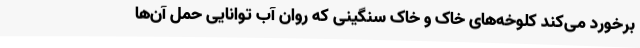
برخورد می‌کند کلوخه‌های خاک و خاک سنگینی که روان آب توانایی حمل آن‌ها